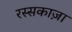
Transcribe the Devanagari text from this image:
रस्सकाज़ा